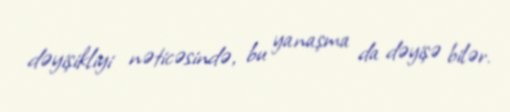
dəyişikliyi nəticəsində, bu yanaşma da dəyişə bilər.